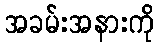
အခမ်းအနားကို